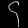
Digit: ၄